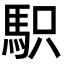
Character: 𩢢